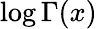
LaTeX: \log\Gamma(x)